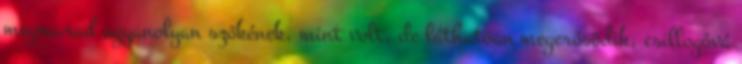
megmarad ugyanolyan szőkének, mint volt, de láthatóan megerősödik, csillogóvá